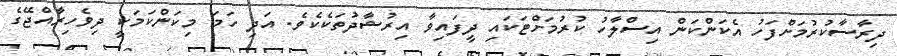
ދިރާސާކުރުމަށްފަހު އެކަންކަން އިސްލާހު ކުރުމަށްޓަކައި ދީފައިވާ އިރުޝާދުތަކެކެވެ. އަދި ހަމަ މިކަންކަމަކީ ދިވެހިރާއްޖޭގެ